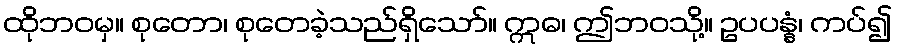
ထိုဘဝမှ။ စုတော၊ စုတေခဲ့သည်ရှိသော်။ ဣဓ၊ ဤဘဝသို့။ ဥပပန္နံ၊ ကပ်၍